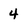
Character: 4